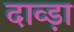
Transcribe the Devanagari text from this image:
दाव्ड़ा